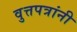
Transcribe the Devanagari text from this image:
वुत्तपत्रांनी